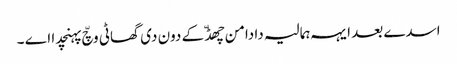
اسدے بعد ایہہ ہمالیہ دا دامن چھڈّ کے دون دی گھاٹی وچّ پہنچدا اے ۔